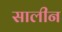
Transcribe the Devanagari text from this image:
सालीन